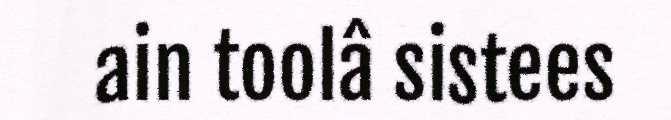
ain toolâ sistees